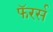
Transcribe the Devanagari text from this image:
फॅरर्स